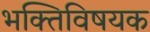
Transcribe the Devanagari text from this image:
भक्तिविषयक